Annual report on the working of the Harcourt Butler Institute of Public Health, Rangoon
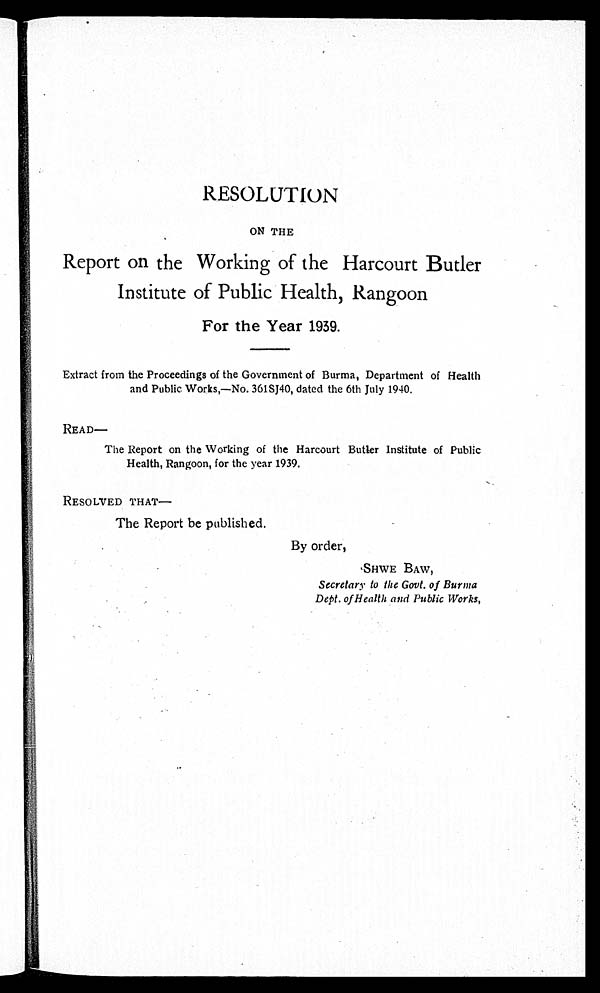
RESOLUTION
ON THE
Report on the Working of the Harcourt Butler
Institute of Public Health, Rangoon
For the Year 1939.
Extract from the Proceedings of the Government of Burma, Department of Health
and Public Works,—No. 361SJ40, dated the 6th July 1940.
READ—
The Report on the Working of the Harcourt Butler Institute of Public
Health, Rangoon, for the year 1939.
RESOLVED THAT—
The Report be published.
By order,
SHWE BAW,
Secretary to the Govt. of Burma
Dept. of Health and Public Works,